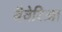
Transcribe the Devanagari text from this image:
बैवेरिआ